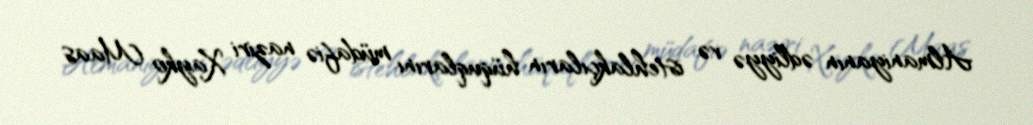
Almaniyanın ədliyyə və istehlakçıların hüquqlarını müdafiə naziri Xayko Maas